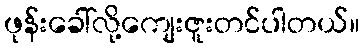
ဖုန်းခေါ်လို့ကျေးဇူးတင်ပါတယ်။